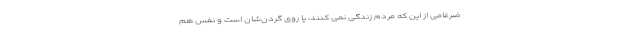
ضرغامی از این که مردم زندگی نمی کنند، پا روی گردن‌شان است و نفس هم